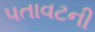
પતાવટની